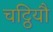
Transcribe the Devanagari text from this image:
चट्ठियौ